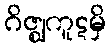
ဂိဇ္ဈကူဋမှိ